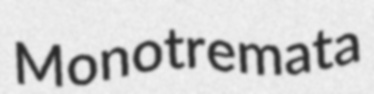
Monotremata